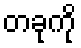
တခုကို